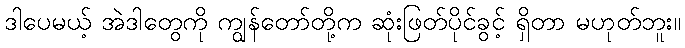
ဒါပေမယ့် အဲဒါတွေကို ကျွန်တော်တို့က ဆုံးဖြတ်ပိုင်ခွင့် ရှိတာ မဟုတ်ဘူး။